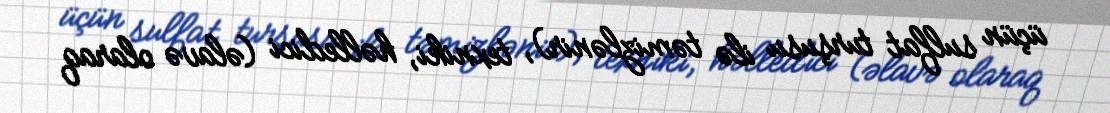
üçün sulfat turşusu ilə təmizlənir), texniki, həlledici (əlavə olaraq